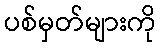
ပစ်မှတ်များကို